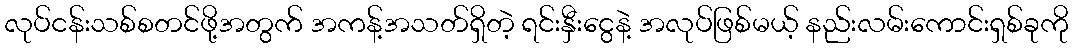
လုပ်ငန်းသစ်စတင်ဖို့အတွက် အကန့်အသတ်ရှိတဲ့ ရင်းနှီးငွေနဲ့ အလုပ်ဖြစ်မယ့် နည်းလမ်းကောင်းရှစ်ခုကို